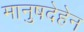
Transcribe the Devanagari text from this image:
मानुषदेहेन